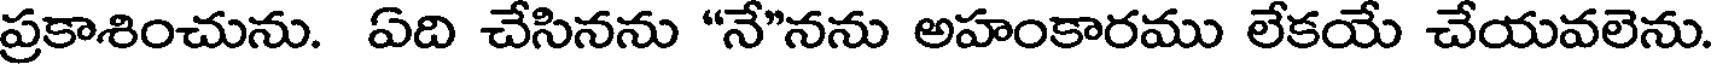
ప్రకాశించును. ఏది చేసినను "నే"నను అహంకారము లేకయే చేయవలెను